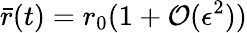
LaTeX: {\bar{r}}(t)=r_{0}(1+\mathcal{O}(\epsilon^{2}))